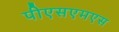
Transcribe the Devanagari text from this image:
पीएसएमएस